Indian journal of veterinary science and animal husbandry - Volumes 22-23, 1952-1953
Year: 1952
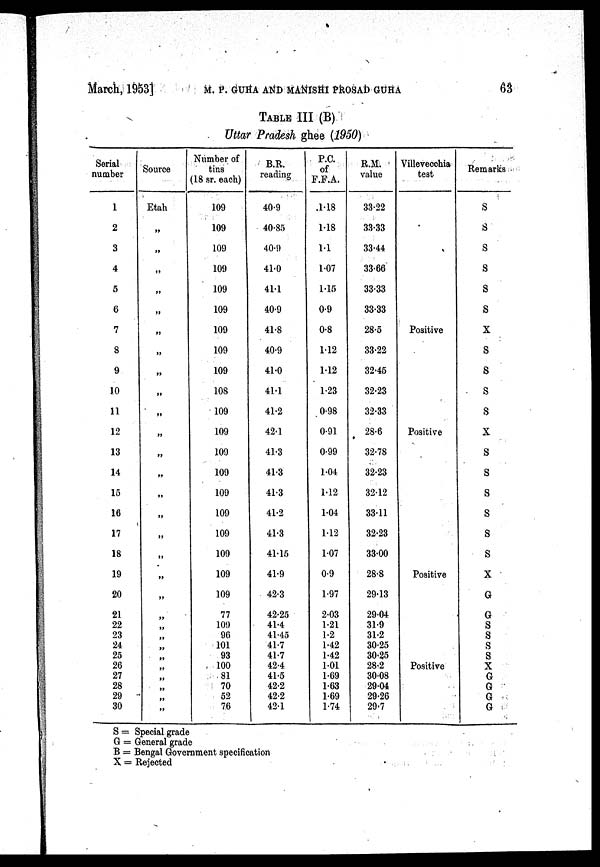
March, 1953]
M. P. GUHA AND MANISHI PROSAD GUHA
63
TABLE III (B)
Uttar Pradesh ghee (1950)
Serial
number
1
2
3
4
5
6
7
8
9
10
11
12
13
14
15
16
17
18
19
20
21
22
23
24
25
26
27
28
29
30
Source
Etah
„
„
„
„
„
„
„
„
„
„
„
„
„
„
„
„
„
„
„
„
„
„
„
„
„
„
„
„
„
Number of
tins
(18 sr. each)
109
109
109
109
109
109
109
109
109
108
109
109
109
109
109
109
109
109
109
109
77
109
96
101
93
100
81
70
52
76
B.R.
reading
40.9
40.85
40.9
41.0
41.1
40.9
41.8
40.9
41.0
41.1
41.2
42.1
41.3
41.3
41.3
41.2
41.3
41.15
41.9
42.3
42.25
41.4
41.45
41.7
41.7
42.4
41.5
42.2
42.2
42.1
P.C.
of
F.F.A.
1.18
1.18
1.1
1.07
1.15
0.9
0.8
1.12
1.12
1.23
0.98
0.91
0.99
1.04
1.12
1.04
1.12
1.07
0.9
1.97
2.03
1.21
1.2
1.42
1.42
1.01
1.69
1.63
1.69
1.74
R.M.
value
33.22
33.33
33.44
33.66
33.33
33.33
28.5
33.22
32.45
32.23
32.33
28.6
32.78
32.23
32.12
33.11
32.23
33.00
28.8
29.13
29.04
31.9
31.2
30.25
30.25
28.2
30.08
29.04
29.26
29.7
Villevecchia
test
Positive
Positive
Positive
Positive
Remarks
S
S
S
S
S
S
X
S
S
S
S
X
S
S
S
S
S
S
X
G
G
S
S
S
S
X
G
G
G
G
S = Special grade
G = General grade
B = Bengal Government specification
X = Rejected